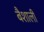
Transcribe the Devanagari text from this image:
बैशाली